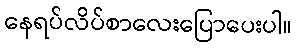
နေရပ်လိပ်စာလေးပြောပေးပါ။